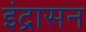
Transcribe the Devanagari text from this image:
इंद्रासन